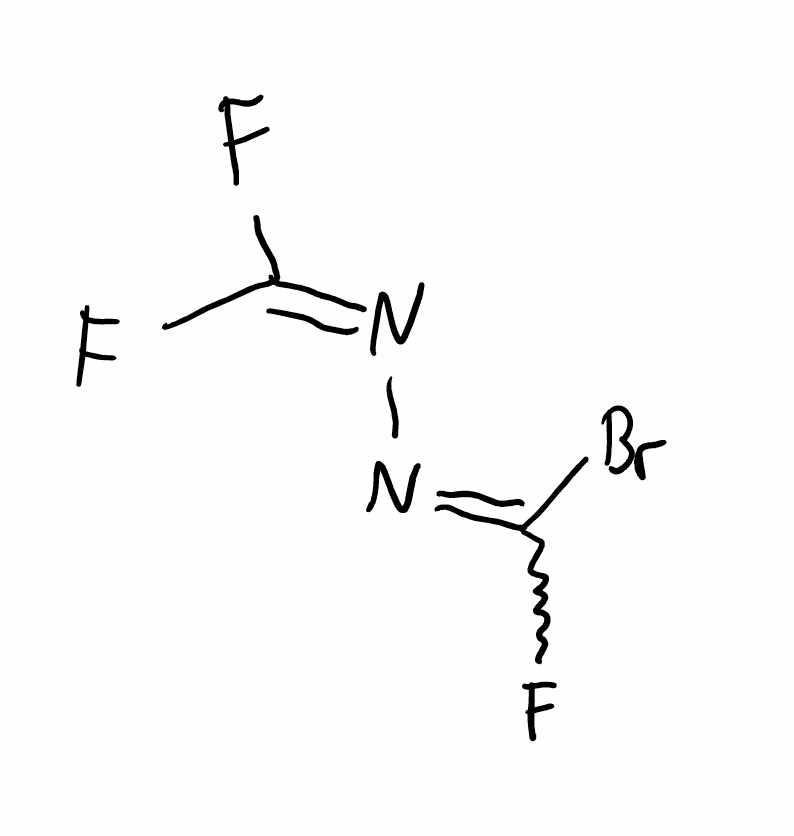
Simplified molecular-input line-entry system (SMILES) notation of the given molecule:
C(=NN=C(F)Br)(F)F